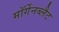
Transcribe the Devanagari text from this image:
मॉर्गेनब्लैट